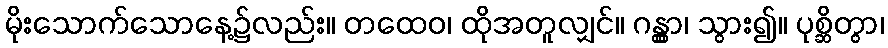
မိုးသောက်သောနေ့၌လည်း။ တထေဝ၊ ထိုအတူလျှင်။ ဂန္တွာ၊ သွား၍။ ပုစ္ဆိတွာ၊